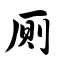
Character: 厕